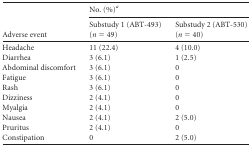
| <ROWSPAN=2> Adverse event | <COLSPAN=2> No. (%)a |
 | Substudy 1 (ABT-493) (n = 49) | Substudy 2 (ABT-530) (n = 40) |
 | --- | --- | --- |
 | Headache | 11 (22.4) | 4 (10.0) |
 | Diarrhea | 3 (6.1) | 1 (2.5) |
 | Abdominal discomfort | 3 (6.1) | 0 |
 | Fatigue | 3 (6.1) | 0 |
 | Rash | 3 (6.1) | 0 |
 | Dizziness | 2 (4.1) | 0 |
 | Myalgia | 2 (4.1) | 0 |
 | Nausea | 2 (4.1) | 2 (5.0) |
 | Pruritus | 2 (4.1) | 0 |
 | Constipation | 0 | 2 (5.0) |